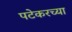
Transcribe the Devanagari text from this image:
पटेकरच्या